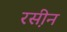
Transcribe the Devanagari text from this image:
रस़ीन